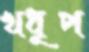
খধূপ